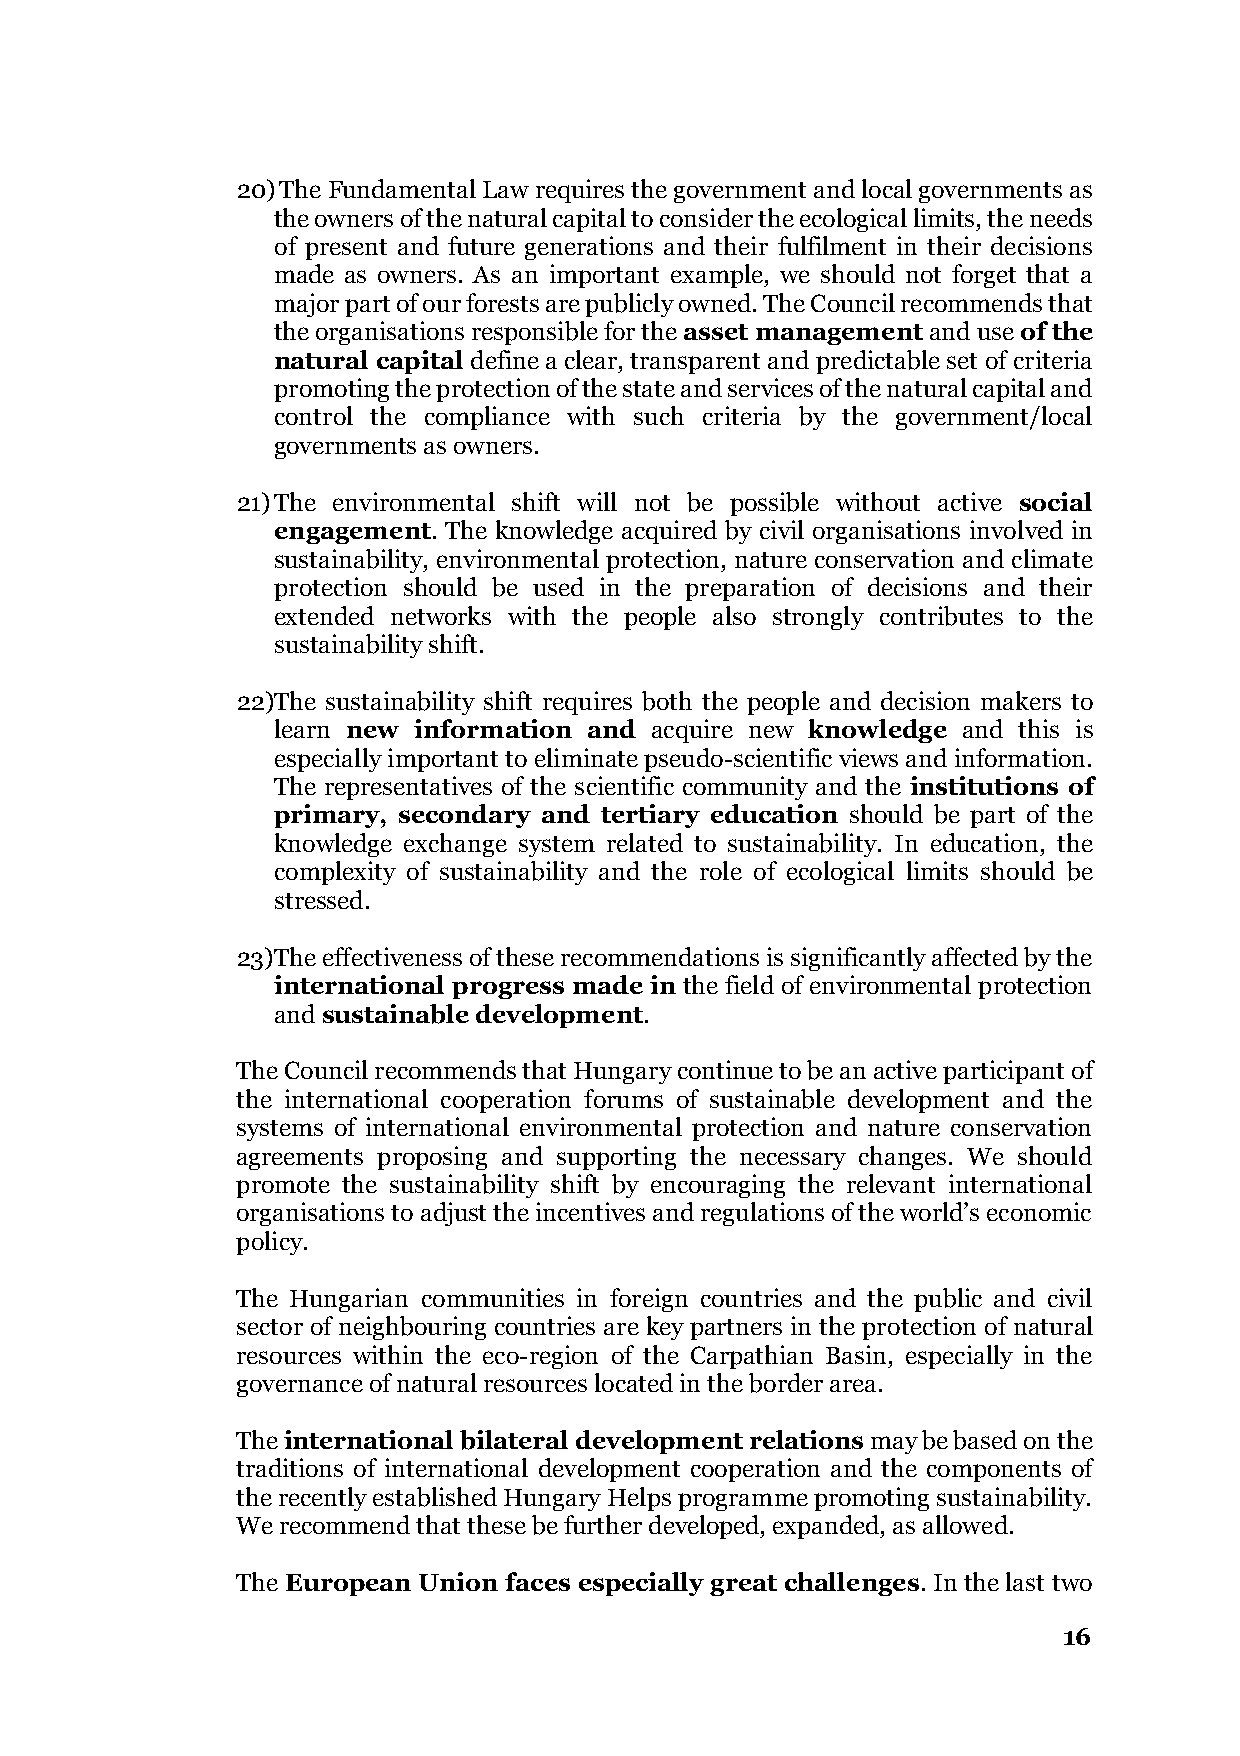
20) The Fundamental Law requires the government and local governments as
 the owners of the natural capital to consider the ecological limits, the needs
 of present and future generations and their fulfilment in their decisions
 made as owners. As an important example, we should not forget that a
 major part of our forests are publicly owned. The Council recommends that
 the organisations responsible for the asset management and use of the
 natural capital define a clear, transparent and predictable set of criteria
 promoting the protection of the state and services of the natural capital and
 control the compliance with such criteria by the government/local
 governments as owners.
 21) The environmental shift will not be possible without active social
 engagement. The knowledge acquired by civil organisations involved in
 sustainability, environmental protection, nature conservation and climate
 protection should be used in the preparation of decisions and their
 extended networks with the people also strongly contributes to the
 sustainability shift.
 22) The sustainability shift requires both the people and decision makers to
 learn new information and acquire new knowledge and this is
 especially important to eliminate pseudo-scientific views and information.
 The representatives of the scientific community and the institutions of
 primary, secondary and tertiary education should be part of the
 knowledge exchange system related to sustainability. In education, the
 complexity of sustainability and the role of ecological limits should be
 stressed.
 23) The effectiveness of these recommendations is significantly affected by the
 international progress made in the field of environmental protection
 and sustainable development.
 The Council recommends that Hungary continue to be an active participant of
 the international cooperation forums of sustainable development and the
 systems of international environmental protection and nature conservation
 agreements proposing and supporting the necessary changes. We should
 promote the sustainability shift by encouraging the relevant international
 organisations to adjust the incentives and regulations of the world’s economic
 policy.
 The Hungarian communities in foreign countries and the public and civil
 sector of neighbouring countries are key partners in the protection of natural
 resources within the eco-region of the Carpathian Basin, especially in the
 governance of natural resources located in the border area.
 The international bilateral development relations may be based on the
 traditions of international development cooperation and the components of
 the recently established Hungary Helps programme promoting sustainability.
 We recommend that these be further developed, expanded, as allowed.
 The European Union faces especially great challenges. In the last two
 16